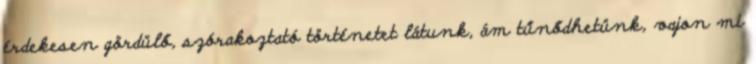
érdekesen gördülő, szórakoztató történetet látunk, ám tűnődhetünk, vajon mi